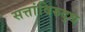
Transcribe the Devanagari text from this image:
सत्तांविरुद्ध